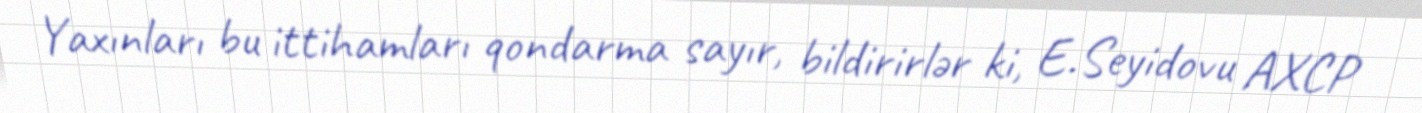
Yaxınları bu ittihamları qondarma sayır, bildirirlər ki, E.Seyidovu AXCP